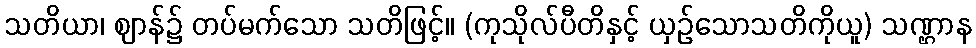
သတိယာ၊ ဈာန်၌ တပ်မက်သော သတိဖြင့်။ (ကုသိုလ်ပီတိနှင့် ယှဉ်သောသတိကိုယူ) သဏ္ဌာန